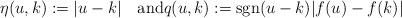
LaTeX: \begin{align*}\eta(u,k):=|u-k|\quad\mbox{and}q(u,k):=\mathrm{sgn}(u-k)|f(u)-f(k)|\end{align*}